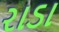
રાડા